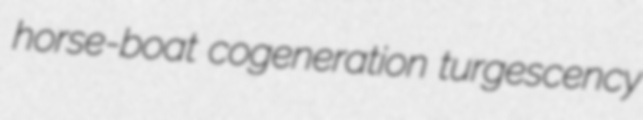
horse-boat cogeneration turgescency